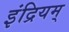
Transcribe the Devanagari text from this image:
इंद्रियम्